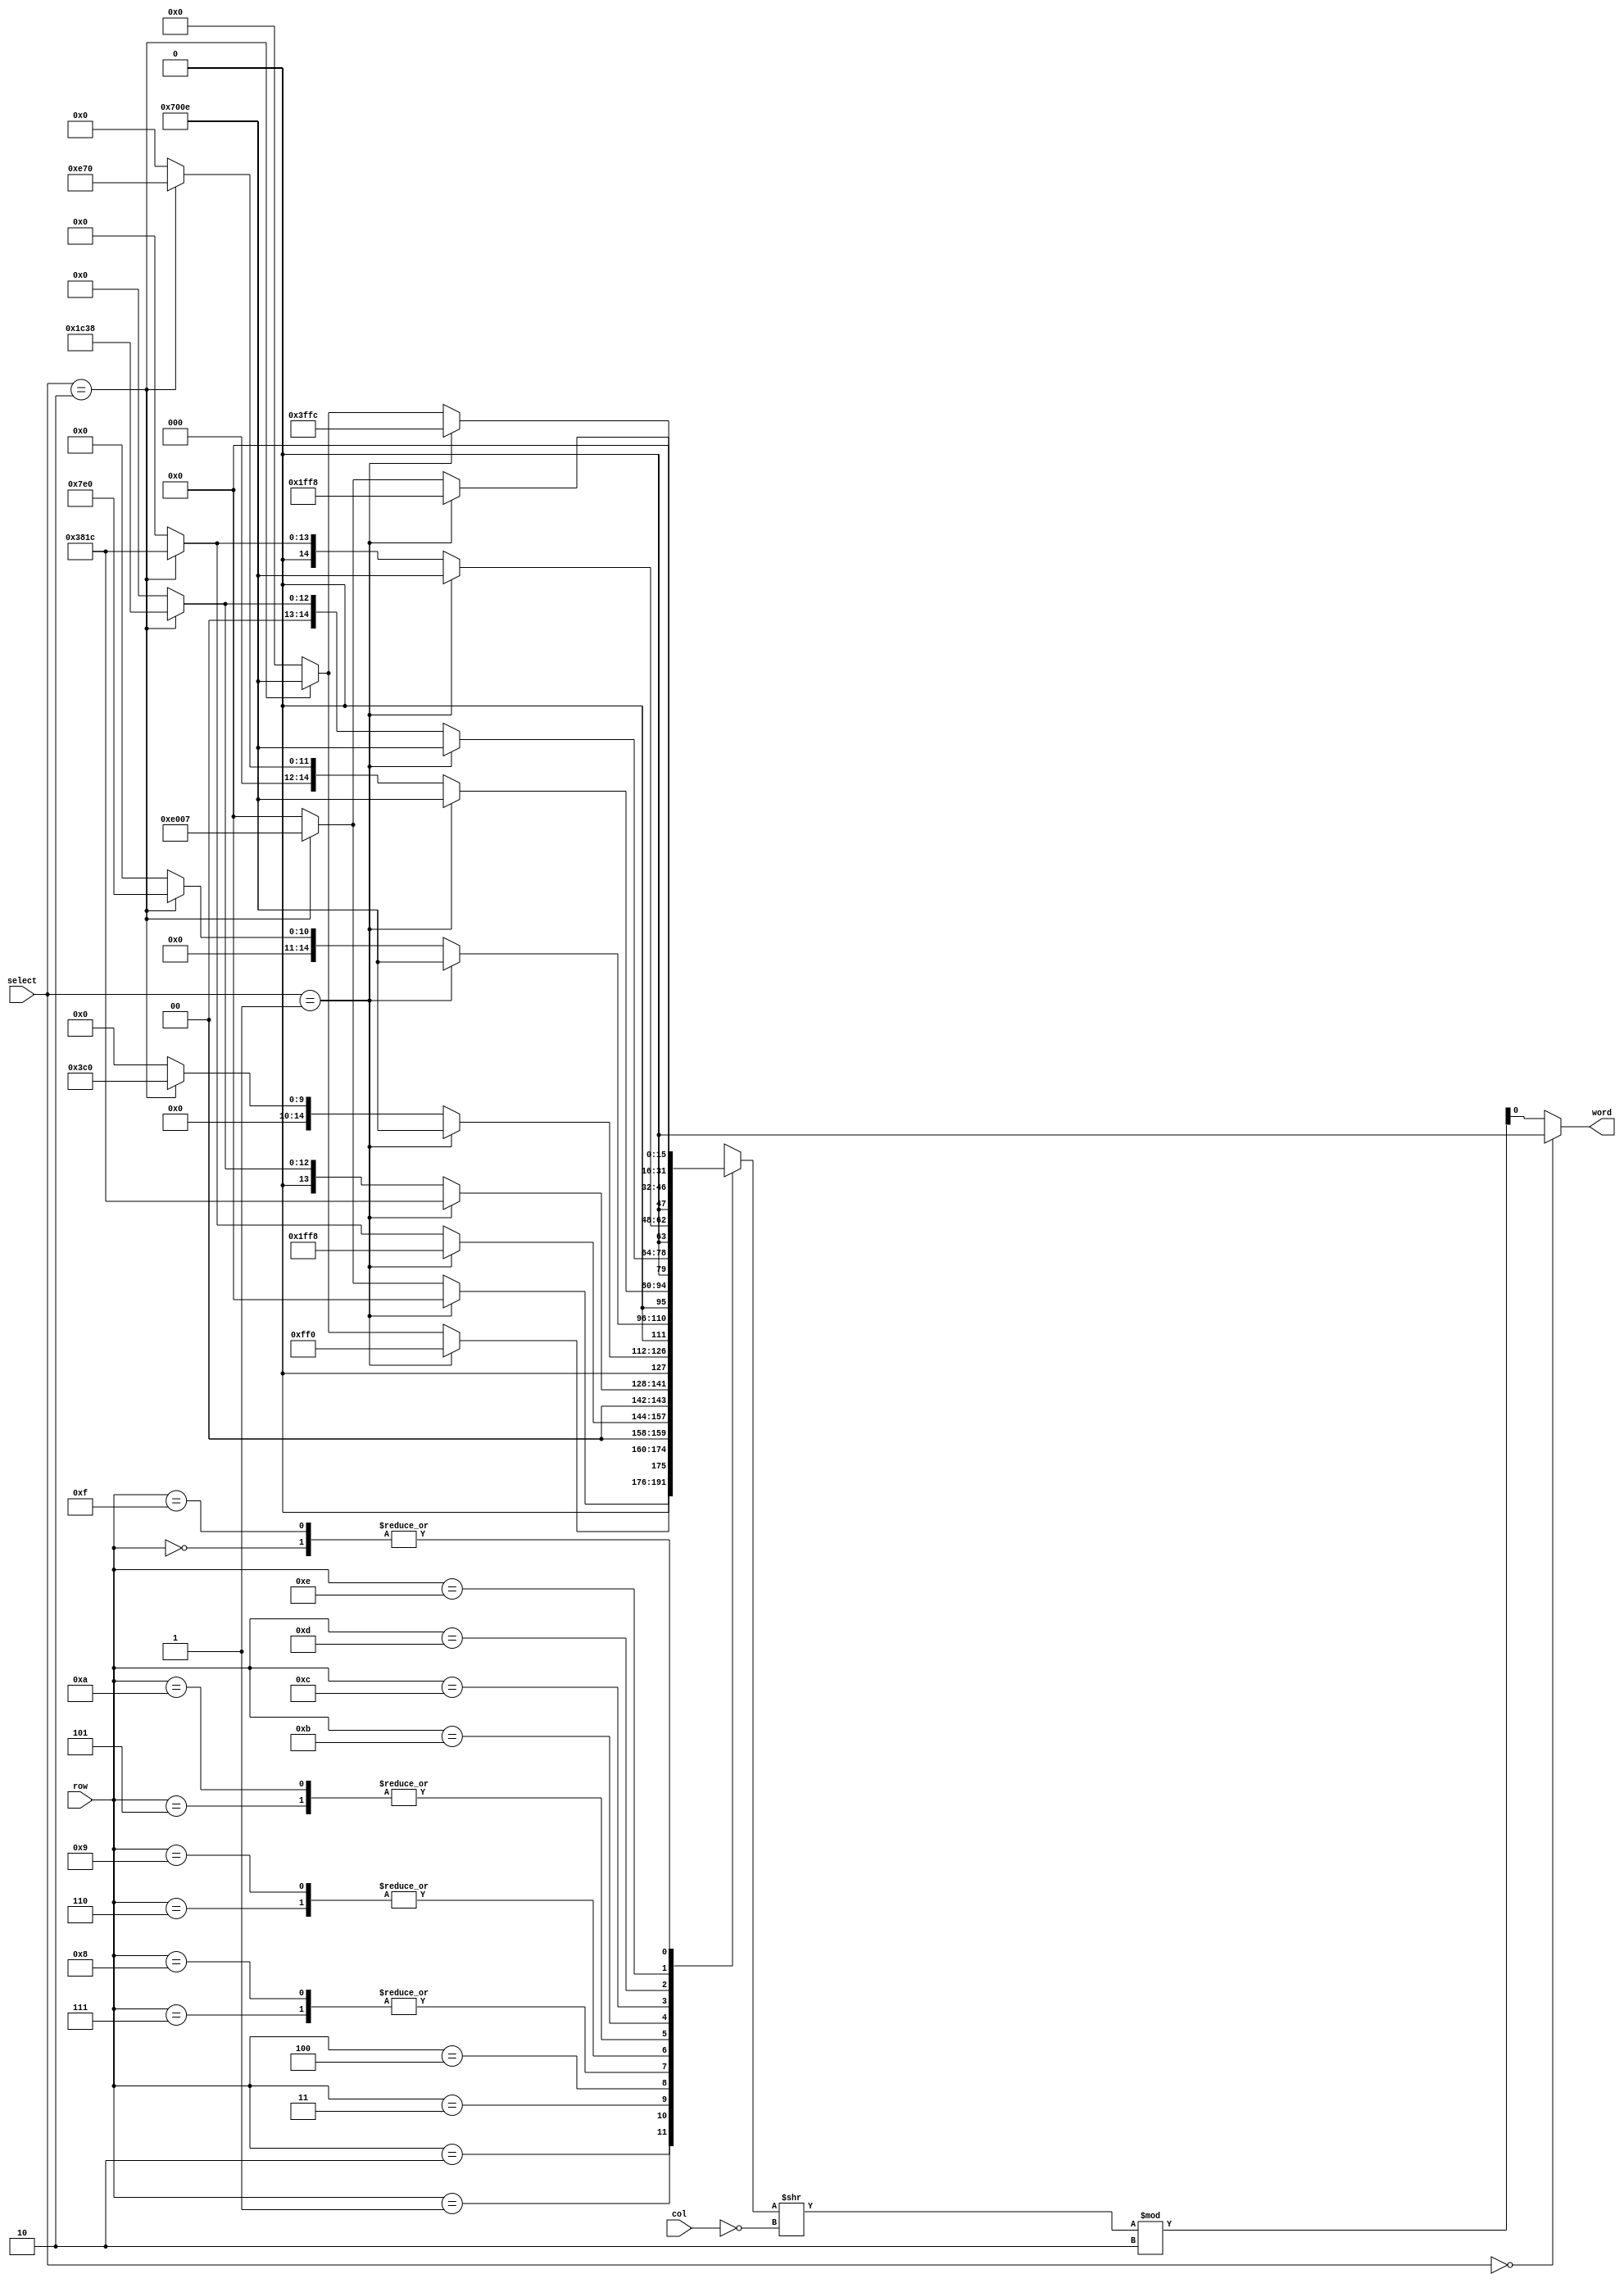
module word(
	output word,
	input [3:0] row, col,
	input [1:0] select
);
reg [15:0] line[15:0];

integer i;
always @(*)
begin
	if (select == 1) begin
		line[0] = 16'b0000000000000000;
		line[1] = 16'b0000000000000000;
		line[2] = 16'b0000111111110000;
		line[3] = 16'b0001111111111000;
		line[4] = 16'b0011100000011100;
		line[5] = 16'b0111000000001110;
		line[6] = 16'b0111000000001110;
		line[7] = 16'b0111000000001110;
		line[8] = 16'b0111000000001110;
		line[9] = 16'b0111000000001110;
		line[10] =16'b0111000000001110;
		line[11] =16'b0111000000001110;
		line[12] =16'b0111000000001110;
		line[13] =16'b0011111111111100;
		line[14] =16'b0001111111111000;
		line[15] =16'b0000000000000000;
	end else if (select == 2) begin
		line[0] = 16'b0000000000000000;
		line[1] = 16'b1110000000000111;
		line[2] = 16'b0111000000001110;
		line[3] = 16'b0011100000011100;
		line[4] = 16'b0001110000111000;
		line[5] = 16'b0000111001110000;
		line[6] = 16'b0000011111100000;
		line[7] = 16'b0000001111000000;
		line[8] = 16'b0000001111000000;
		line[9] = 16'b0000011111100000;
		line[10] =16'b0000111001110000;
		line[11] =16'b0001110000111000;
		line[12] =16'b0011100000011100;
		line[13] =16'b0111000000001110;
		line[14] =16'b1110000000000111;
		line[15] =16'b0000000000000000;
	end else for (i=0; i<16; i=i+1)
		line[i] = 16'b0;
end

assign word = (select == 0) ? 1'b0 : (line[row] >> (~col)) % 2;

endmodule